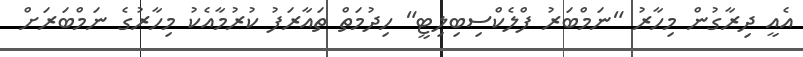
އެއީ ދިރާގުން މިހާރު "ނަމްބަރު ފްލެކްސިބިލިޓީ" ހިދުމަތް ތައާރަފު ކުރުމާއެކު މިހާރުގެ ނަމްބަރަށް